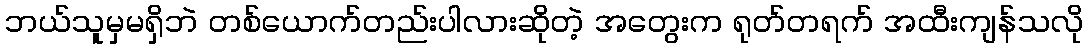
ဘယ်သူမှမရှိဘဲ တစ်ယောက်တည်းပါလားဆိုတဲ့ အတွေးက ရုတ်တရက် အထီးကျန်သလို